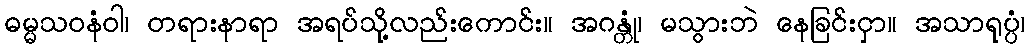
ဓမ္မသဝနံဝါ၊ တရားနာရာ အရပ်သို့လည်းကောင်း။ အဂန္တုံ၊ မသွားဘဲ နေခြင်းငှာ။ အသာရုပ္ပံ၊